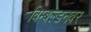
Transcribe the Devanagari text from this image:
विम्बल्डनवर